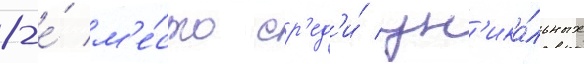
8-е́ м'е́сто ср'ед'и́ ун'ика́льных